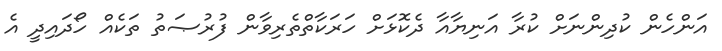
އަންހެން ކުދިންނަށް ކުރާ އަނިޔާއާ ދެކޮޅަށް ހަރަކާތްތެރިވާން ފުރުޞަތު ތަކެއް ހޯދައިދީ އެ